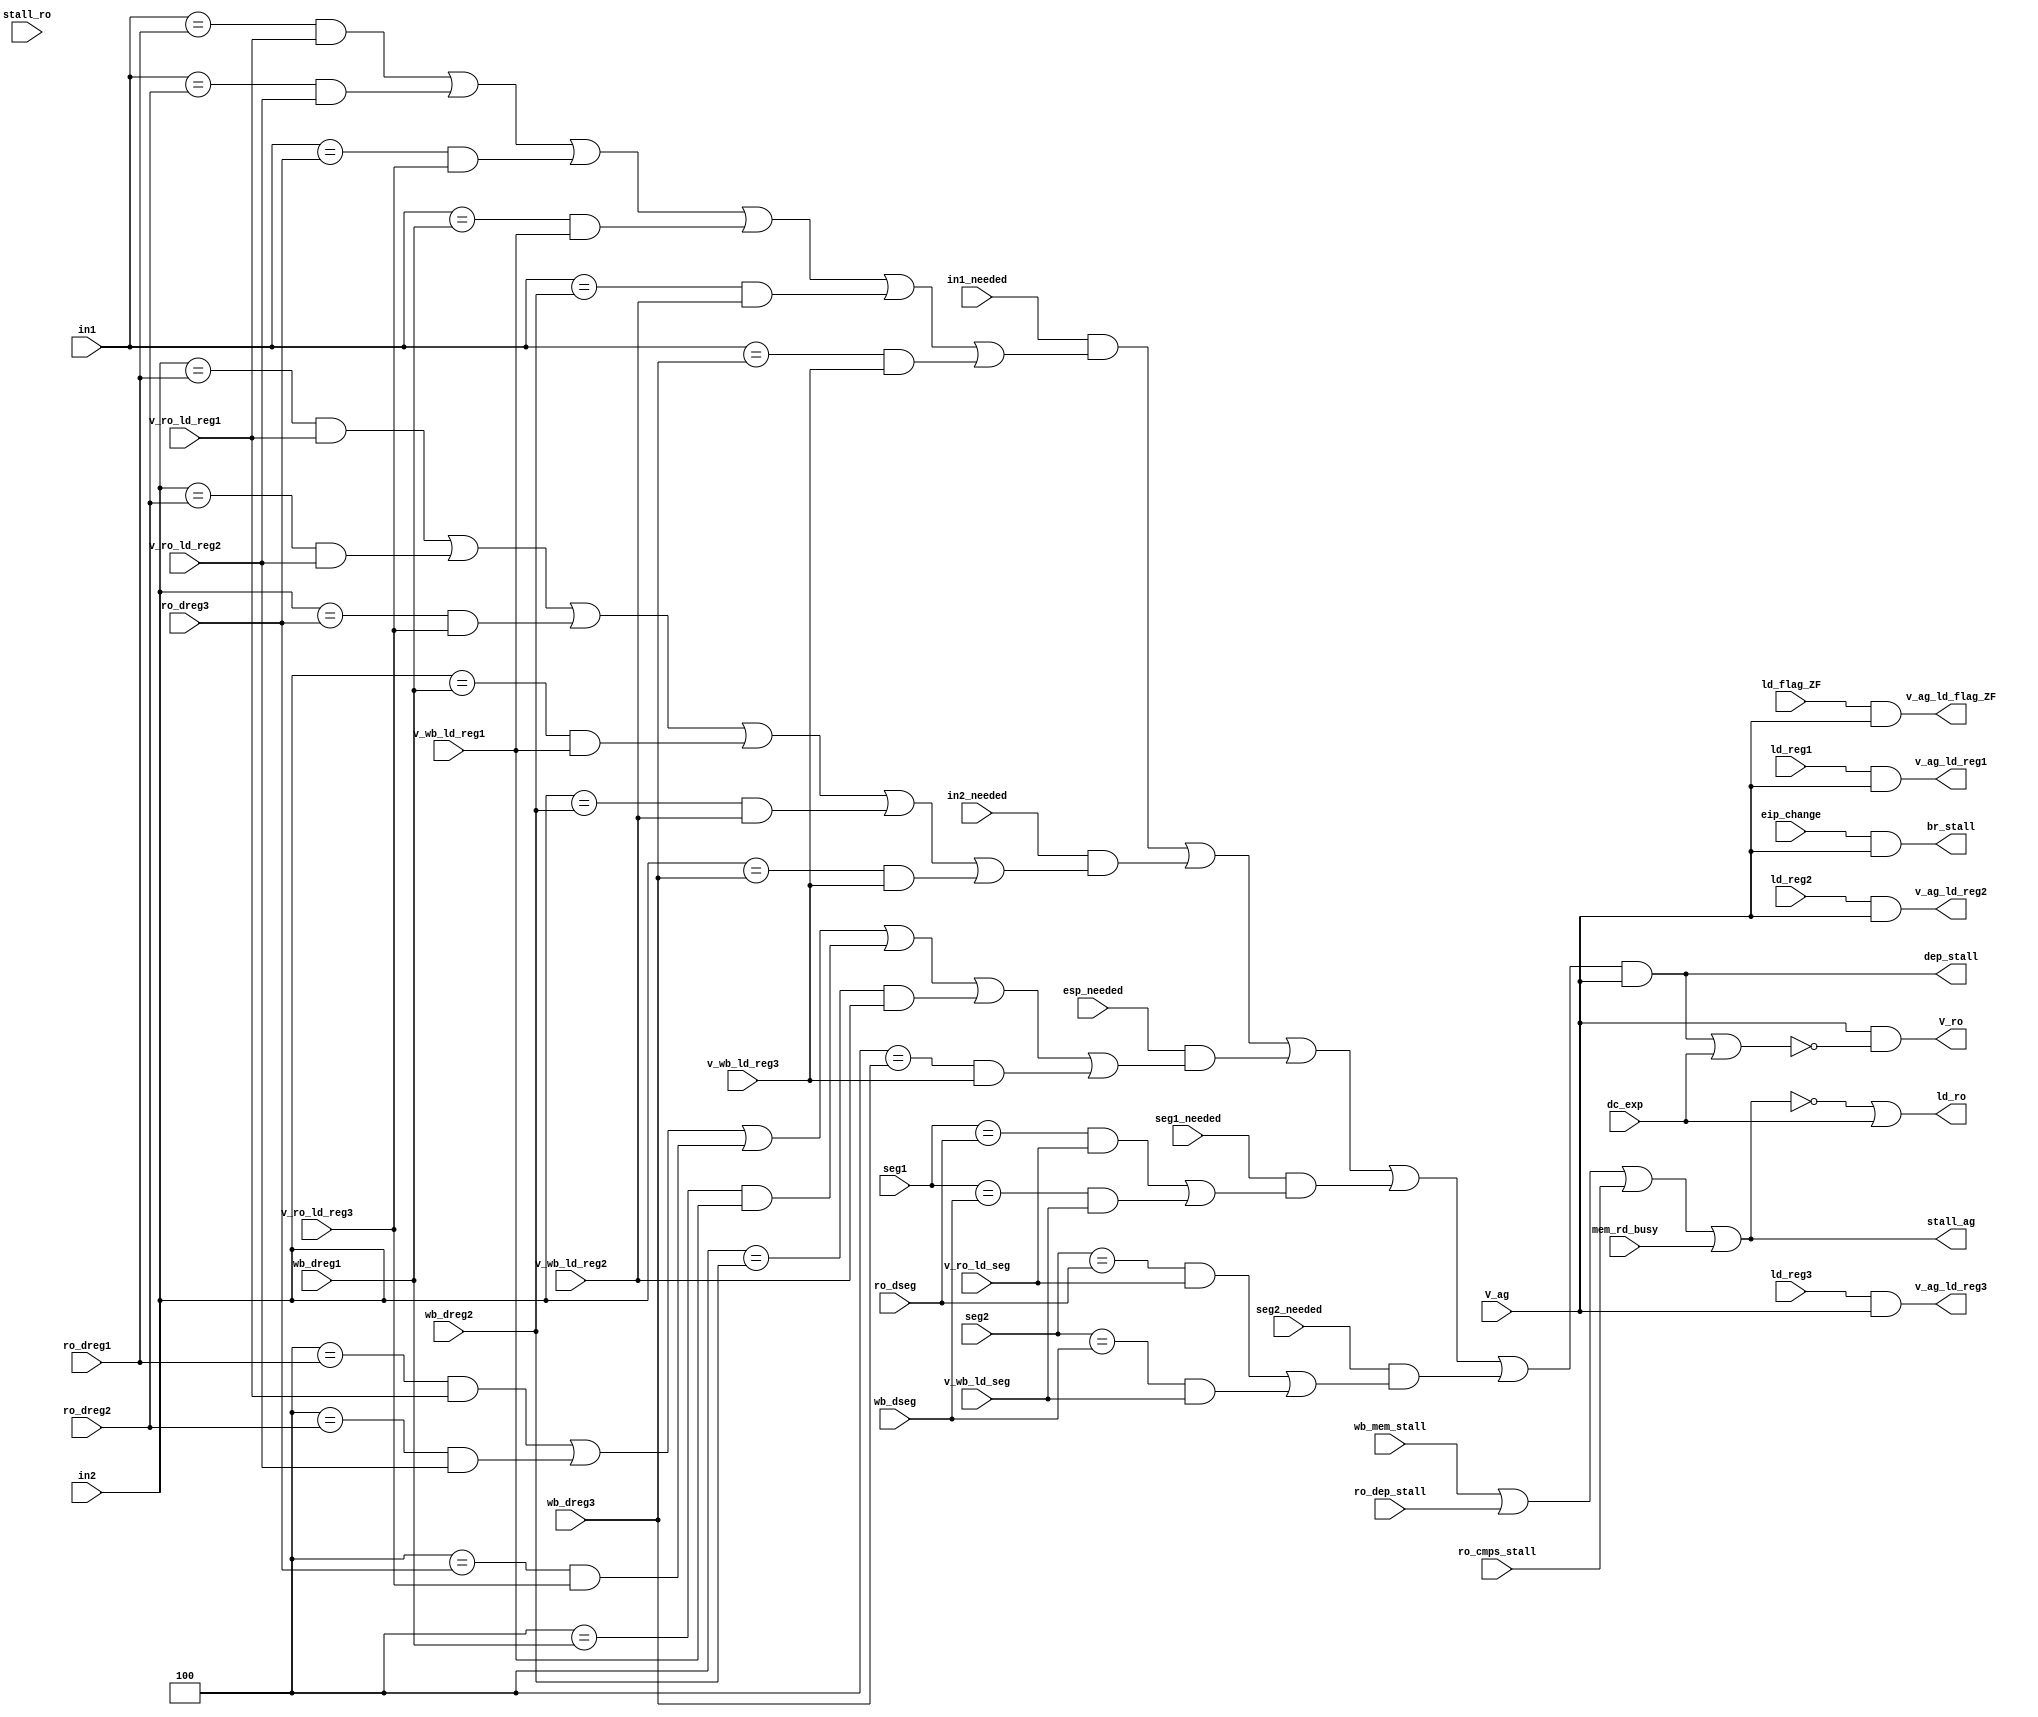
module ag_dep_v_ld_logic(
  input      V_ag         ,
  input      eip_change   ,
  input[2:0] in1          ,
  input[2:0] in2          ,
  input      in1_needed   ,
  input      in2_needed   ,
  input[2:0] seg1         ,
  input[2:0] seg2         ,
  input      seg1_needed  ,
  input      seg2_needed  ,
  input      esp_needed   ,
  input[2:0] ro_dreg1     ,
  input[2:0] ro_dreg2     ,
  input[2:0] ro_dreg3     ,
  input      v_ro_ld_reg1 ,
  input      v_ro_ld_reg2 ,
  input      v_ro_ld_reg3 ,
  input[2:0] wb_dreg1     ,
  input[2:0] wb_dreg2     ,
  input[2:0] wb_dreg3     ,
  input      v_wb_ld_reg1 ,
  input      v_wb_ld_reg2 ,
  input      v_wb_ld_reg3 ,
  input[2:0] ro_dseg      ,
  input      v_ro_ld_seg  ,
  input[2:0] wb_dseg      ,
  input      v_wb_ld_seg  ,
  input      stall_ro     ,
  input      ro_dep_stall ,
  input      ro_cmps_stall,
  input      mem_rd_busy  ,
  input      dc_exp       ,

  input      ld_reg1      ,
  input      ld_reg2      ,
  input      ld_reg3      ,
  input      ld_flag_ZF   ,
  output     v_ag_ld_reg1 ,
  output     v_ag_ld_reg2 ,
  output     v_ag_ld_reg3 ,
  output     v_ag_ld_flag_ZF,

  output     dep_stall    ,
  output     br_stall     ,
  output     stall_ag     ,
  output     V_ro         ,
  output     ld_ro      ,
  input    wb_mem_stall
);

assign v_ag_ld_reg1 = ld_reg1 && V_ag;
assign v_ag_ld_reg2 = ld_reg2 && V_ag;
assign v_ag_ld_reg3 = ld_reg3 && V_ag;
assign v_ag_ld_flag_ZF = ld_flag_ZF && V_ag;

assign br_stall = eip_change && V_ag;

assign stall_ag = wb_mem_stall || ro_dep_stall || ro_cmps_stall || mem_rd_busy;

assign ld_ro = !stall_ag || dc_exp;

assign V_ro = V_ag & !(dep_stall || dc_exp);
assign dep_stall = (( in1_needed &&(((in1 == ro_dreg1) && v_ro_ld_reg1) ||
                                      ((in1 == ro_dreg2) && v_ro_ld_reg2) ||
                                      ((in1 == ro_dreg3) && v_ro_ld_reg3) ||
                                      ((in1 == wb_dreg1) && v_wb_ld_reg1) ||
                                      ((in1 == wb_dreg2) && v_wb_ld_reg2) ||
                                      ((in1 == wb_dreg3) && v_wb_ld_reg3)))   ||
                      ( in2_needed &&(((in2 == ro_dreg1) && v_ro_ld_reg1) ||
                                      ((in2 == ro_dreg2) && v_ro_ld_reg2) ||
                                      ((in2 == ro_dreg3) && v_ro_ld_reg3) ||
                                      ((in2 == wb_dreg1) && v_wb_ld_reg1) ||
                                      ((in2 == wb_dreg2) && v_wb_ld_reg2) ||
                                      ((in2 == wb_dreg3) && v_wb_ld_reg3)))   ||
                      ( esp_needed &&(((3'h4 == ro_dreg1) && v_ro_ld_reg1) ||
                                      ((3'h4 == ro_dreg2) && v_ro_ld_reg2) ||
                                      ((3'h4 == ro_dreg3) && v_ro_ld_reg3) ||
                                      ((3'h4 == wb_dreg1) && v_wb_ld_reg1) ||
                                      ((3'h4 == wb_dreg2) && v_wb_ld_reg2) ||
                                      ((3'h4 == wb_dreg3) && v_wb_ld_reg3)))   ||
                      ( seg1_needed&&(((seg1 == ro_dseg) && v_ro_ld_seg) ||
                                      ((seg1 == wb_dseg) && v_wb_ld_seg)))   ||
                      ( seg2_needed&&(((seg2 == ro_dseg) && v_ro_ld_seg) ||
                                      ((seg2 == wb_dseg) && v_wb_ld_seg)))  ) && V_ag;


endmodule